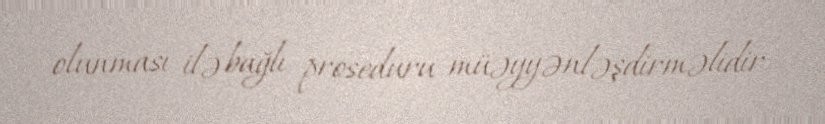
olunması ilə bağlı proseduru müəyyənləşdirməlidir.